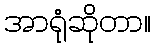
အာရုံဆိုတာ။